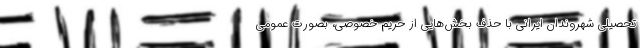
تحصیلی شهروندان ایرانی با حذف بخش‌هایی از حریم خصوصی، بصورت عمومی